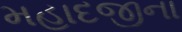
મહાદજીના